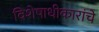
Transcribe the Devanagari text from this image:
विशेषाधीकारांचे